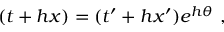
( t + h x ) = ( t ^ { \prime } + h x ^ { \prime } ) e ^ { h \theta } ~ ,